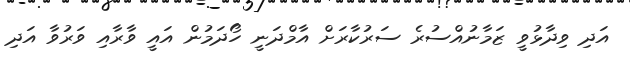
އަދި ވިދާޅުވީ ޒަމާނުއްސުރެ ސަރުކާރަށް އާމްދަނީ ހޯދަމުން އައީ ވާރާއި ވަރުވާ އަދި